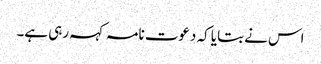
اس نے بتایا کہ دعوت نامہ کہہ رہی ہے۔